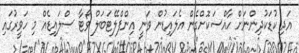
އަދި ކުޑަކުދިންނަށް ހާއްސަކޮށްގެން އެލައިޑުން ވަނީ އިންފްލޭޓަބަލް ވޯޓާ ސްލައިޑެއް މި ހަވީރުގައި